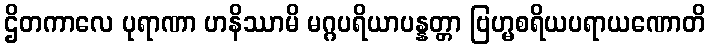
ဌိတကာလေ ပုရာဏာ ဟနိဿာမိ မဂ္ဂပရိယာပန္နတ္တာ ဗြဟ္မစရိယပရာယဏောတိ